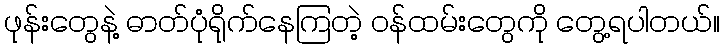
ဖုန်းတွေနဲ့ ဓာတ်ပုံရိုက်နေကြတဲ့ ဝန်ထမ်းတွေကို တွေ့ရပါတယ်။